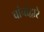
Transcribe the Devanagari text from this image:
चांचांद्वारे